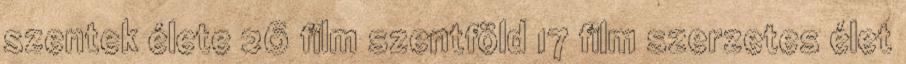
szentek élete 26 film szentföld 17 film szerzetes élet